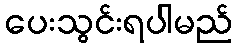
ပေးသွင်းရပါမည်